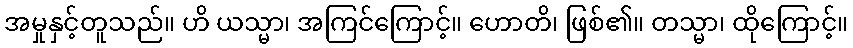
အမှုနှင့်တူသည်။ ဟိ ယသ္မာ၊ အကြင်ကြောင့်။ ဟောတိ၊ ဖြစ်၏။ တသ္မာ၊ ထိုကြောင့်။